Lunatic asylums Central Provinces reports 1910-1926 - 1910-1926
Year: 1910
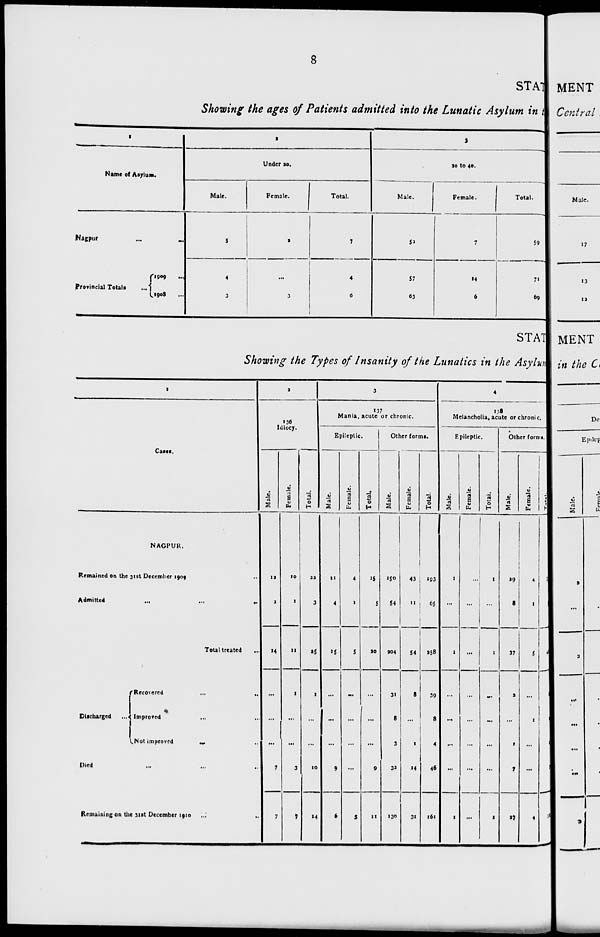
8
STAT
Showing the ages of Patients admitted into the Lunatic Asylum in t
1
Name of Asylum.
Nagpur ... ...
provincial Totals ...
1909 ...
1908 ...
2
Under 20.
Male.
5
4
3
Female.
2
...
3
Total.
7
4
6
3
20 to 40.
Male.
52
57
63
Female.
7
14
6
Total.
59
71
69
STAT
Showing the Types of Insanity of the Lunatics in the Asylum
1
Cases.
NAGPUR.
Remained on the 31st December 1909 ...
Admitted
...
...
...
Total treated ...
Discharged ...
Recovered
...
...
Improved ... ...
Not improved
...
...
Died ... ... ...
Remaining on the 31st December 1910 ... ...
2
136
Idiocy.
Male.
12
2
14
...
...
...
7
7
Female.
10
1
11
1
...
...
3
7
Total.
22
3
25
1
...
...
10
14
3
137
Mania, acute or chronic.
Epileptic.
Male.
11
4
15
...
...
...
9
6
Female.
4
1
5
...
...
...
...
5
Total.
15
5
20
...
...
...
9
11
Other forms.
Male.
150
54
204
31
8
3
32
130
Female.
43
11
54
8
...
1
14
31
Total.
193
65
258
39
8
4
46
161
4
138
Melancholia, acute or chronic.
Epileptic.
Male.
1
...
1
...
...
...
...
1
Female.
...
...
...
...
...
...
...
...
Total.
1
...
1
...
...
...
...
1
Other forms.
Male.
29
8
37
2
...
1
7
27
Female.
4
1
5
...
1
...
...
4
Total.
33
9
42
2
1
1
7
31